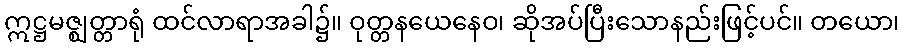
ဣဋ္ဌမဇ္ဈတ္တာရုံ ထင်လာရာအခါ၌။ ဝုတ္တနယေနေဝ၊ ဆိုအပ်ပြီးသောနည်းဖြင့်ပင်။ တယော၊